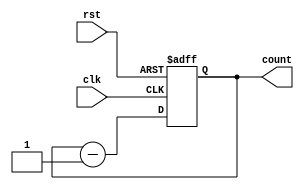
module DownCounter (
    input wire clk,
    input wire rst,
    output reg [3:0] count
);

    always @(posedge clk or posedge rst) begin
        if (rst) begin
            count <= 4'b1111; 
        end else begin
            count <= count - 1; 
        end
    end

endmodule